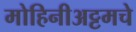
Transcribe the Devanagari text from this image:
मोहिनीअट्टमचे